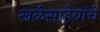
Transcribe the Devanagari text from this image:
खळेसाहेबांचे